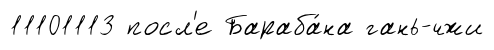
11101113 посл'е Бараба́на гань-чжи